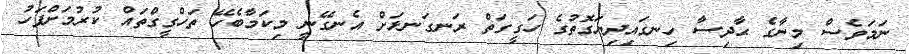
ނަމަވެސް މިނާގެ ޙާދިސާ ހިނގައިދިޔަގޮތުގެ ހަގީގަތް ރަނގަނޅަށް އެނގޭނީ މިކަމާބެހޭ ތަހްގީގްތައް ކުރުމަށްފަހު